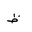
Letter: _za